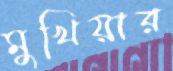
মুখিয়ার